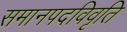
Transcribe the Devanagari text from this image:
समानपदविवृति